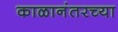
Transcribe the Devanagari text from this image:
काळानंतरच्या